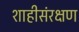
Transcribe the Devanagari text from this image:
शाहीसंरक्षण